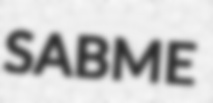
SABME